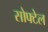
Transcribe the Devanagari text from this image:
सोफ्टेल